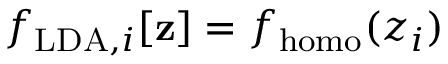
f _ { \mathrm { L D A } , i } [ \mathbf { z } ] = f _ { \mathrm { h o m o } } ( z _ { i } )